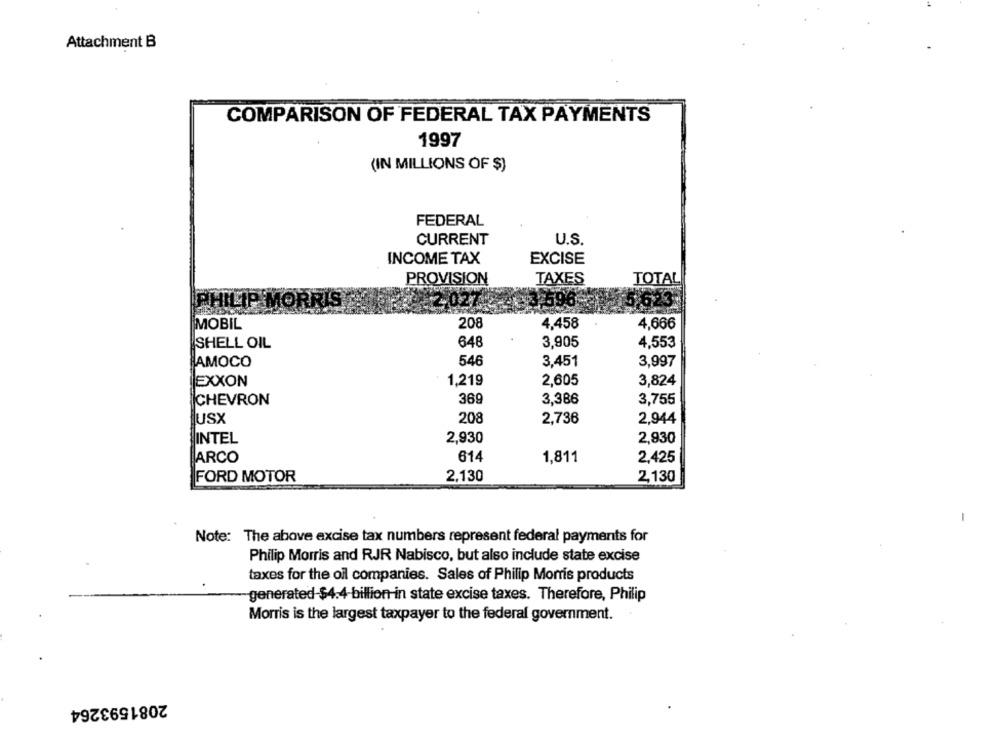
Attachment B
COMPARISON OF FEDERAL TAX PAYMENTS
1997
(IN MILLIONS OF $)
FEDERAL
CURRENT
U.S.
INCOME TAX
EXCISE
PROVISION
TAXES
TOTAL
MORRIS
PHILI
MOBIL
208
4,458
4,666
SHELL OIL
648
3,905
4,553
AMOCO
546
3,451
3,997
EXXON
1,219
2,605
3,824
CHEVRON
369
3,386
3,755
lusx
208
2,736
2,944
INTEL
2,930
2,930
ARCO
614
1,811
2,425
FORD MOTOR
2,130
2,130
-
Note: The above excise tax numbers represent federal payments for
Philip Morris and RJR Nabisco, but also include state excise
taxes for the oil companies. Sales of Philip Morris products
generated-$4.4-billion in state excise taxes. Therefore, Philip
Morris is the largest taxpayer to the federal government.
2081593264